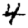
Digit: 4